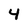
Character: 4